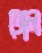
তোল